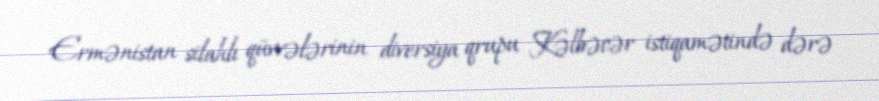
Ermənistan silahlı qüvvələrinin diversiya qrupu Kəlbəcər istiqamətində dərə